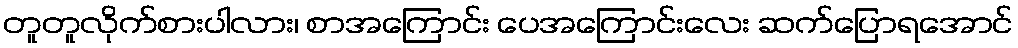
တူတူလိုက်စားပါလား၊ စာအကြောင်း ပေအကြောင်းလေး ဆက်ပြောရအောင်